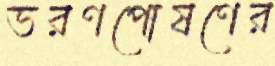
ভরণপোষণের